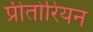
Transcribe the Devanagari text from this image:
प्रीतोरियन